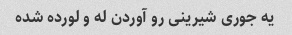
یه جوری شیرینی رو آوردن له و لورده شده